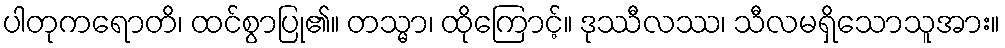
ပါတုကရောတိ၊ ထင်စွာပြု၏။ တသ္မာ၊ ထိုကြောင့်။ ဒုဿီလဿ၊ သီလမရှိသောသူအား။